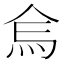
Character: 𱪷